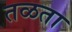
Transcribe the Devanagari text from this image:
तळता